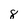
Character: 8